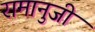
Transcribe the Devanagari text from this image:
रामानुजी